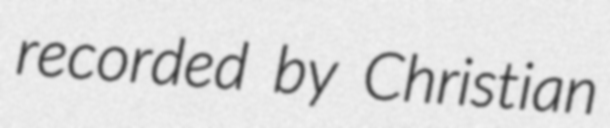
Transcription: recorded by Christian